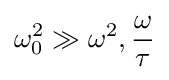
\omega _{0}^{2}\gg \omega ^{2},{\frac {\omega }{\tau }}